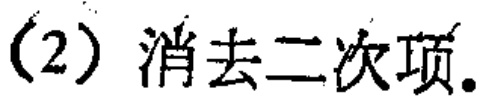
(2) 消去二次项.